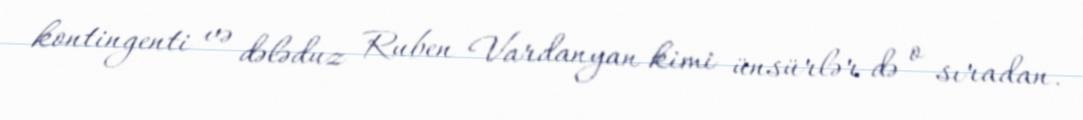
kontingenti və dələduz Ruben Vardanyan kimi ünsürlər də o sıradan.